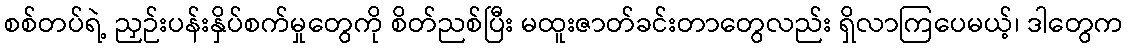
စစ်တပ်ရဲ့ ညှဉ်းပန်းနှိပ်စက်မှုတွေကို စိတ်ညစ်ပြီး မထူးဇာတ်ခင်းတာတွေလည်း ရှိလာကြပေမယ့်၊ ဒါတွေက